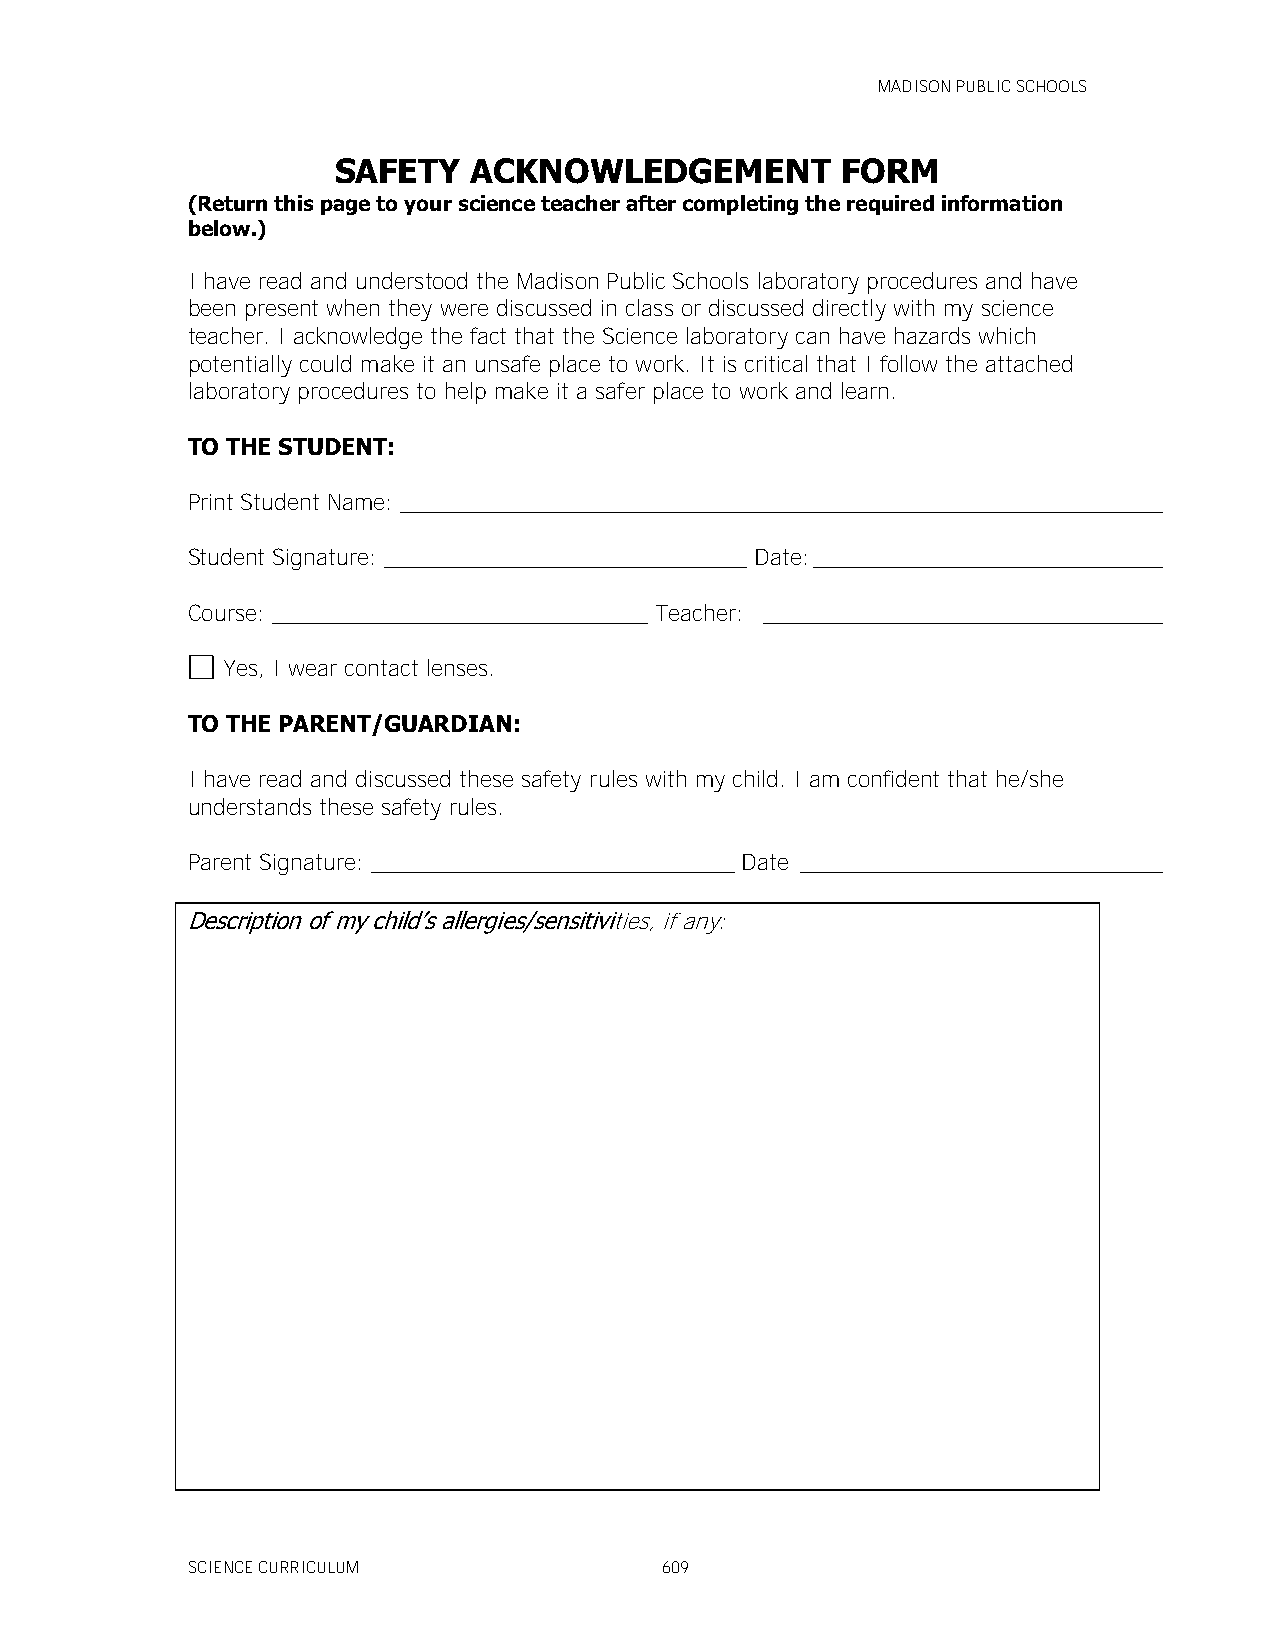
MADISON PUBLIC SCHOOLS
 SAFETY   ACKNOWLEDGEMENT          FORM
 (Return this page to your science teacher after completing the required information
 below.)
 I have read and understood the Madison Public Schools laboratory procedures and have
 been present when they were discussed in class or discussed directly with my science
 teacher. I acknowledge the fact that the Science laboratory can have hazards which
 potentially could make it an unsafe place to work. It is critical that I follow the attached
 laboratory procedures to help make it a safer place to work and learn.
 TO THE STUDENT:
 Print Student Name: _____________________________________________________________
 Student Signature: _____________________________ Date: ____________________________
 Course: ______________________________ Teacher: ________________________________
 Yes, I wear contact lenses.
 TO THE PARENT/GUARDIAN:
 I have read and discussed these safety rules with my child. I am confident that he/she
 understands these safety rules.
 Parent Signature: _____________________________ Date _____________________________
 Description of my child’s allergies/sensitivities, if any:
 SCIENCE CURRICULUM              609